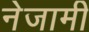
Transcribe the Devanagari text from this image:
नेजामी